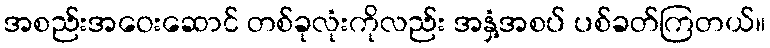
အစည်းအဝေးဆောင် တစ်ခုလုံးကိုလည်း အနှံ့အစပ် ပစ်ခတ်ကြတယ်။